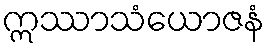
ဣဿာသံယောဇနံ